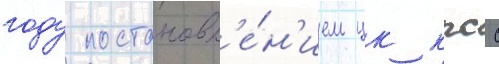
году постановл'е́н'ием цк кпсс